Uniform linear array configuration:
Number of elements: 32
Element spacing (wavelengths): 0.75
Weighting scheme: exponential
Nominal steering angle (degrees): -15
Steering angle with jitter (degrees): -14.345
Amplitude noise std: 0.05
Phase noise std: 0.05

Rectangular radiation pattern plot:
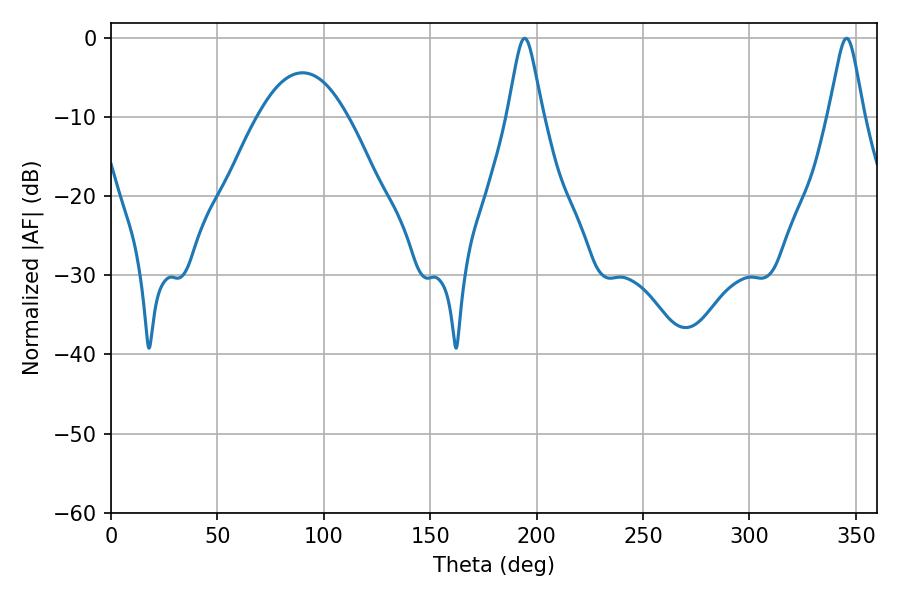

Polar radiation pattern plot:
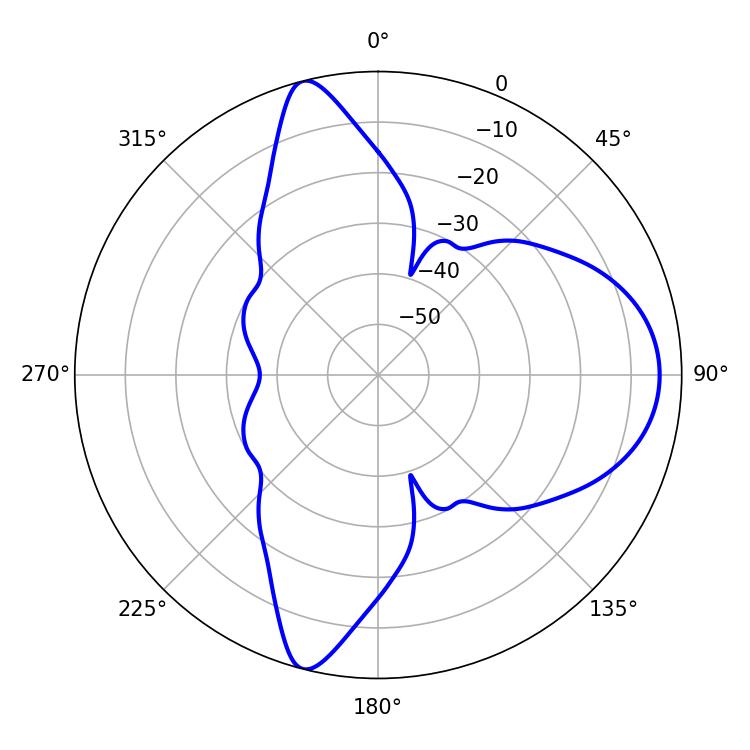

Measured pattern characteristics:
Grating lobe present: TRUE
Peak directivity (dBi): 12.004
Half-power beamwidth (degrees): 7.92
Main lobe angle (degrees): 345.6